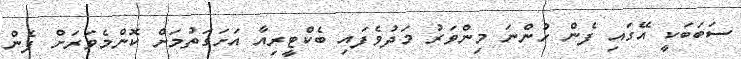
ސަބަބަކީ އޭގައި ފެން ހުންނަ މިންވަރު މަދުވެފައި ބެކްޓީރިއާ އަށަގަތުމަށް ކޮންމެވަރަށް ފެން